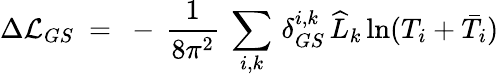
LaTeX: \Delta{\cal L}_{GS}\ =\ -\, \frac{1}{8\pi^{2}}\: \sum_{i,k}\, \delta_{GS}^{i,k}\, \widehat L_{k}\ln(T_{i}+\bar{T}_{i})